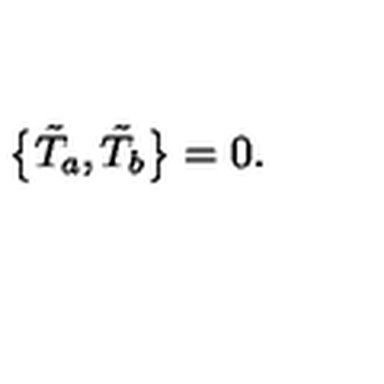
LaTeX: \bigl \{ \tilde { T } _ { a } , \tilde { T } _ { b } \bigr \} = 0 .